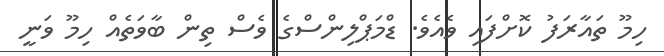
ހިމޫ ތައާރަފު ކޮށްފައި ވެއެވެ. ޑްމަޕްލިންސްގެ ވެސް ތިން ބާވަތެއް ހިމޫ ވަނީ